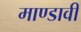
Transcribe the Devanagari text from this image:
माण्डावी